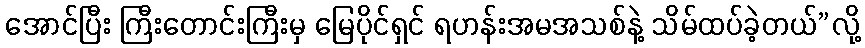
အောင်ပြီး ကြီးတောင်းကြီးမှ မြေပိုင်ရှင် ရဟန်းအမအသစ်နဲ့ သိမ်ထပ်ခဲ့တယ်”လို့